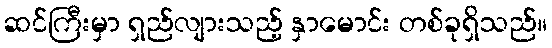
ဆင်ကြီးမှာ ရှည်လျားသည့် နှာမောင်း တစ်ခုရှိသည်။